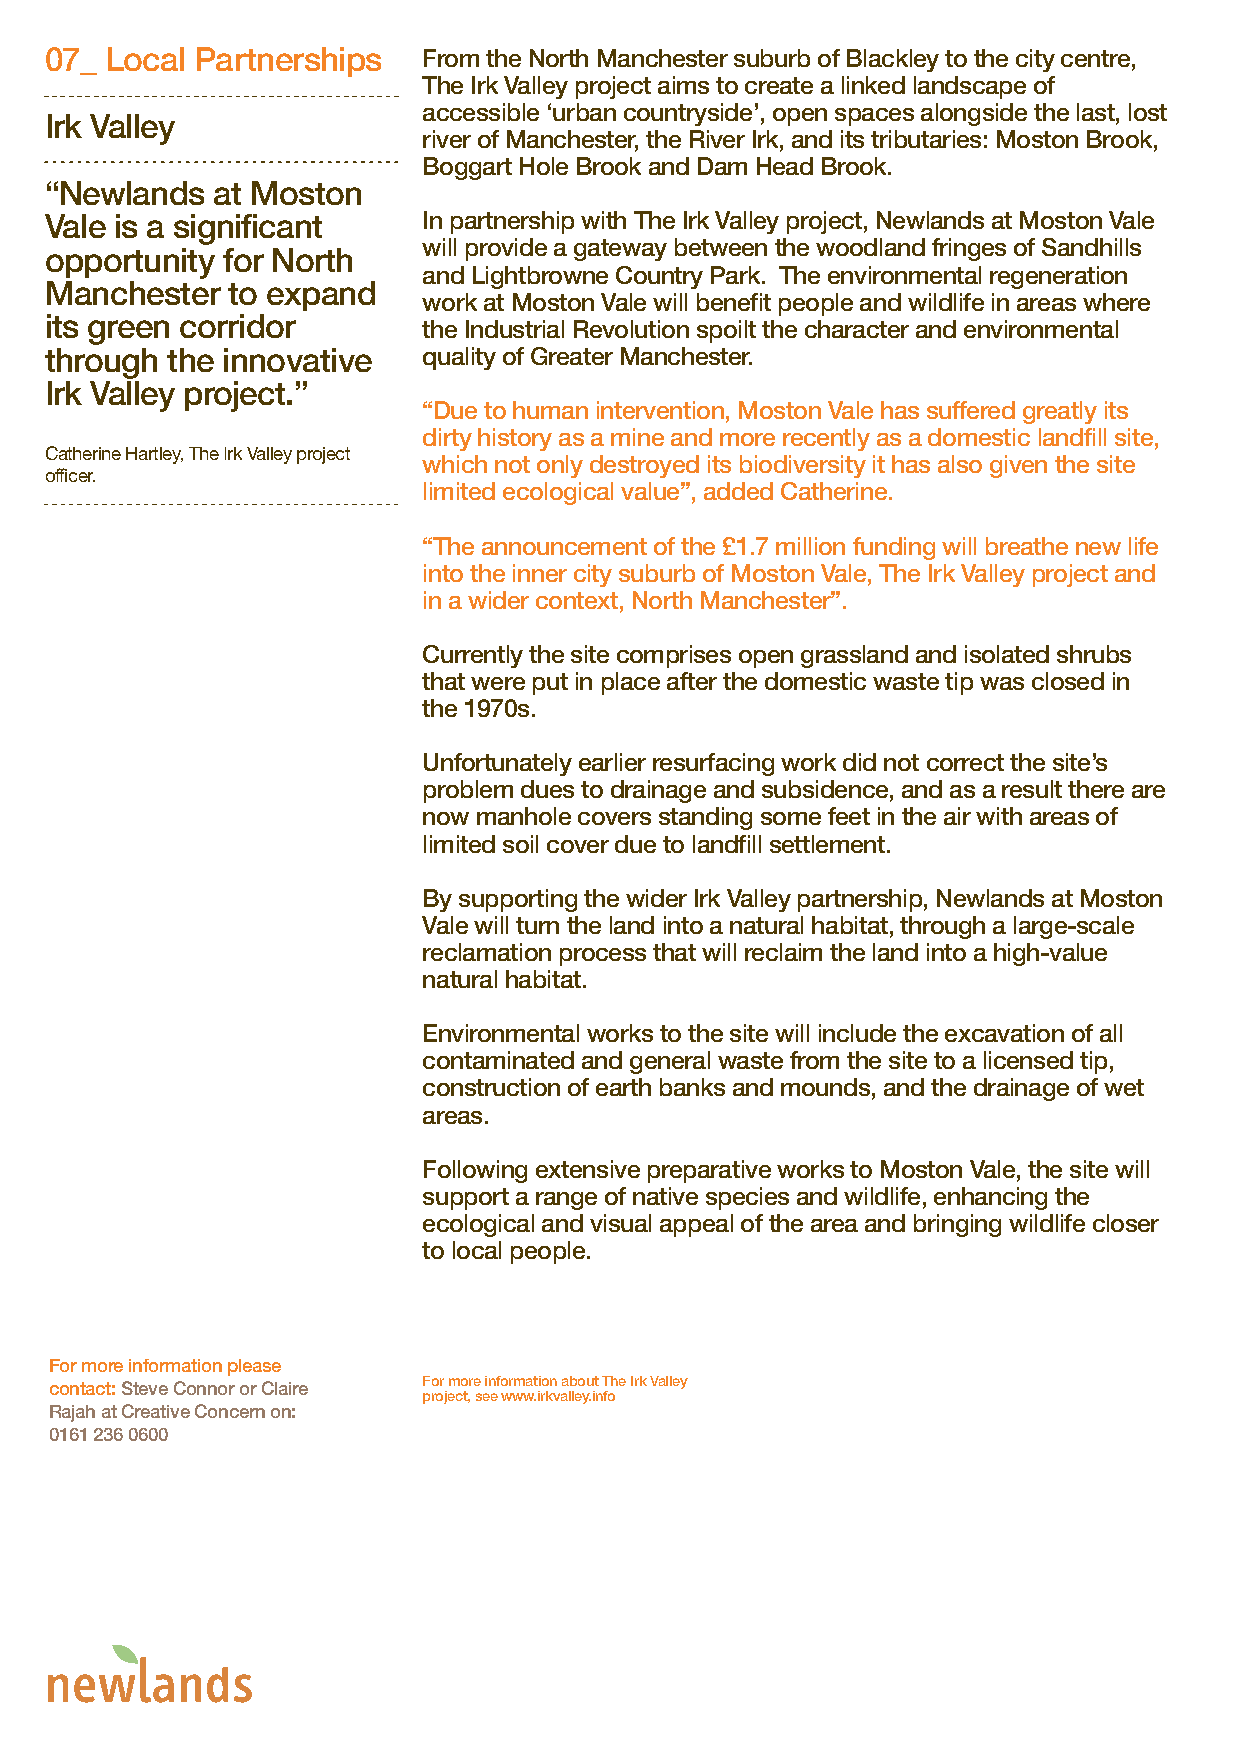
07_ Local Partnerships   From the North Manchester suburb of Blackley to the city centre,
 The Irk Valley project aims to create a linked landscape of
 accessible ‘urban countryside’, open spaces alongside the last, lost
 Irk Valley
 river of Manchester, the River Irk, and its tributaries: Moston Brook,
 Boggart Hole Brook and Dam Head Brook.
 “Newlands  at Moston
 Vale is a significant    In partnership with The Irk Valley project, Newlands at Moston Vale
 will provide a gateway between the woodland fringes of Sandhills
 opportunity for North
 and Lightbrowne Country Park. The environmental regeneration
 Manchester  to expand
 work at Moston Vale will benefit people and wildlife in areas where
 its green corridor       the Industrial Revolution spoilt the character and environmental
 through the innovative   quality of Greater Manchester.
 Irk Valley project.”
 “Due to human intervention, Moston Vale has suffered greatly its
 dirty history as a mine and more recently as a domestic landfill site,
 Catherine Hartley, The Irk Valley project
 which not only destroyed its biodiversity it has also given the site
 officer.
 limited ecological value”, added Catherine.
 “The announcement of the £1.7 million funding will breathe new life
 into the inner city suburb of Moston Vale, The Irk Valley project and
 in a wider context, North Manchester”.
 Currently the site comprises open grassland and isolated shrubs
 that were put in place after the domestic waste tip was closed in
 the 1970s.
 Unfortunately earlier resurfacing work did not correct the site’s
 problem dues to drainage and subsidence, and as a result there are
 now manhole covers standing some feet in the air with areas of
 limited soil cover due to landfill settlement.
 By supporting the wider Irk Valley partnership, Newlands at Moston
 Vale will turn the land into a natural habitat, through a large-scale
 reclamation process that will reclaim the land into a high-value
 natural habitat.
 Environmental works to the site will include the excavation of all
 contaminated and general waste from the site to a licensed tip,
 construction of earth banks and mounds, and the drainage of wet
 areas.
 Following extensive preparative works to Moston Vale, the site will
 support a range of native species and wildlife, enhancing the
 ecological and visual appeal of the area and bringing wildlife closer
 to local people.
 For more information please
 contact: Steve Connor or Claire For more information about The Irk Valley
 project, see www.irkvalley.info
 Rajah at Creative Concern on:
 0161 236 0600